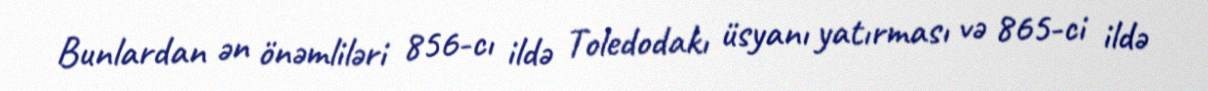
Bunlardan ən önəmliləri 856-cı ildə Toledodakı üsyanı yatırması və 865-ci ildə